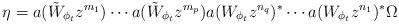
LaTeX: \begin{align*}\eta = a(\tilde W_{\phi_t}z^{m_1}) \cdots a(\tilde W_{\phi_t}z^{m_p}) a(W_{\phi_t} z^{n_q})^* \cdots a(W_{\phi_t}z^{n_1})^*\Omega\end{align*}